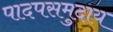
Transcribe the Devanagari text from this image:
पादपसमुदाय